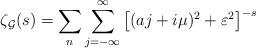
LaTeX: \begin{align*}\zeta_{\cal G}(s) = \sum_n \sum_{j=-\infty}^{\infty} \left[ (aj + i\mu)^2 + \varepsilon^2 \right]^{-s}\end{align*}